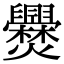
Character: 㸑